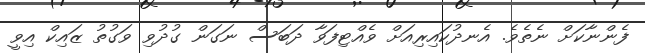
ފެންނާކަށް ނެތެވެ. އެނދުކައިރިއަށް ވެއްޓިފަވާ ދަބަސް ނަގަން ގުދުވި ވަގުތު ޒައިކް އިވީ